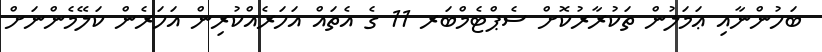
ބަހުންނާއި ޢަމަލުން ތަކުރާރުކޮށް ސެޕްޓެމްބަރ 11 ގެ އެތައް އަހަރެއްކުރިން އަހަރެން ކަލޭމެންނަށް